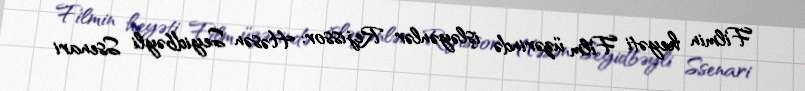
Filmin heyəti Film üzərində işləyənlər Rejissor: Həsən Seyidbəyli Ssenari